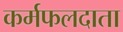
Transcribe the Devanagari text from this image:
कर्मफलदाता